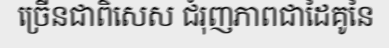
ច្រើនជាពិសេស ជំរុញភាពជាដៃគូនៃ